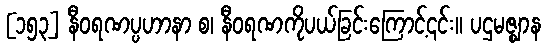
[၁၅၃] နီဝရဏပ္ပဟာနာ စ၊ နီဝရဏကိုပယ်ခြင်းကြောင့်၎င်း။ ပဌမဇ္ဈာန